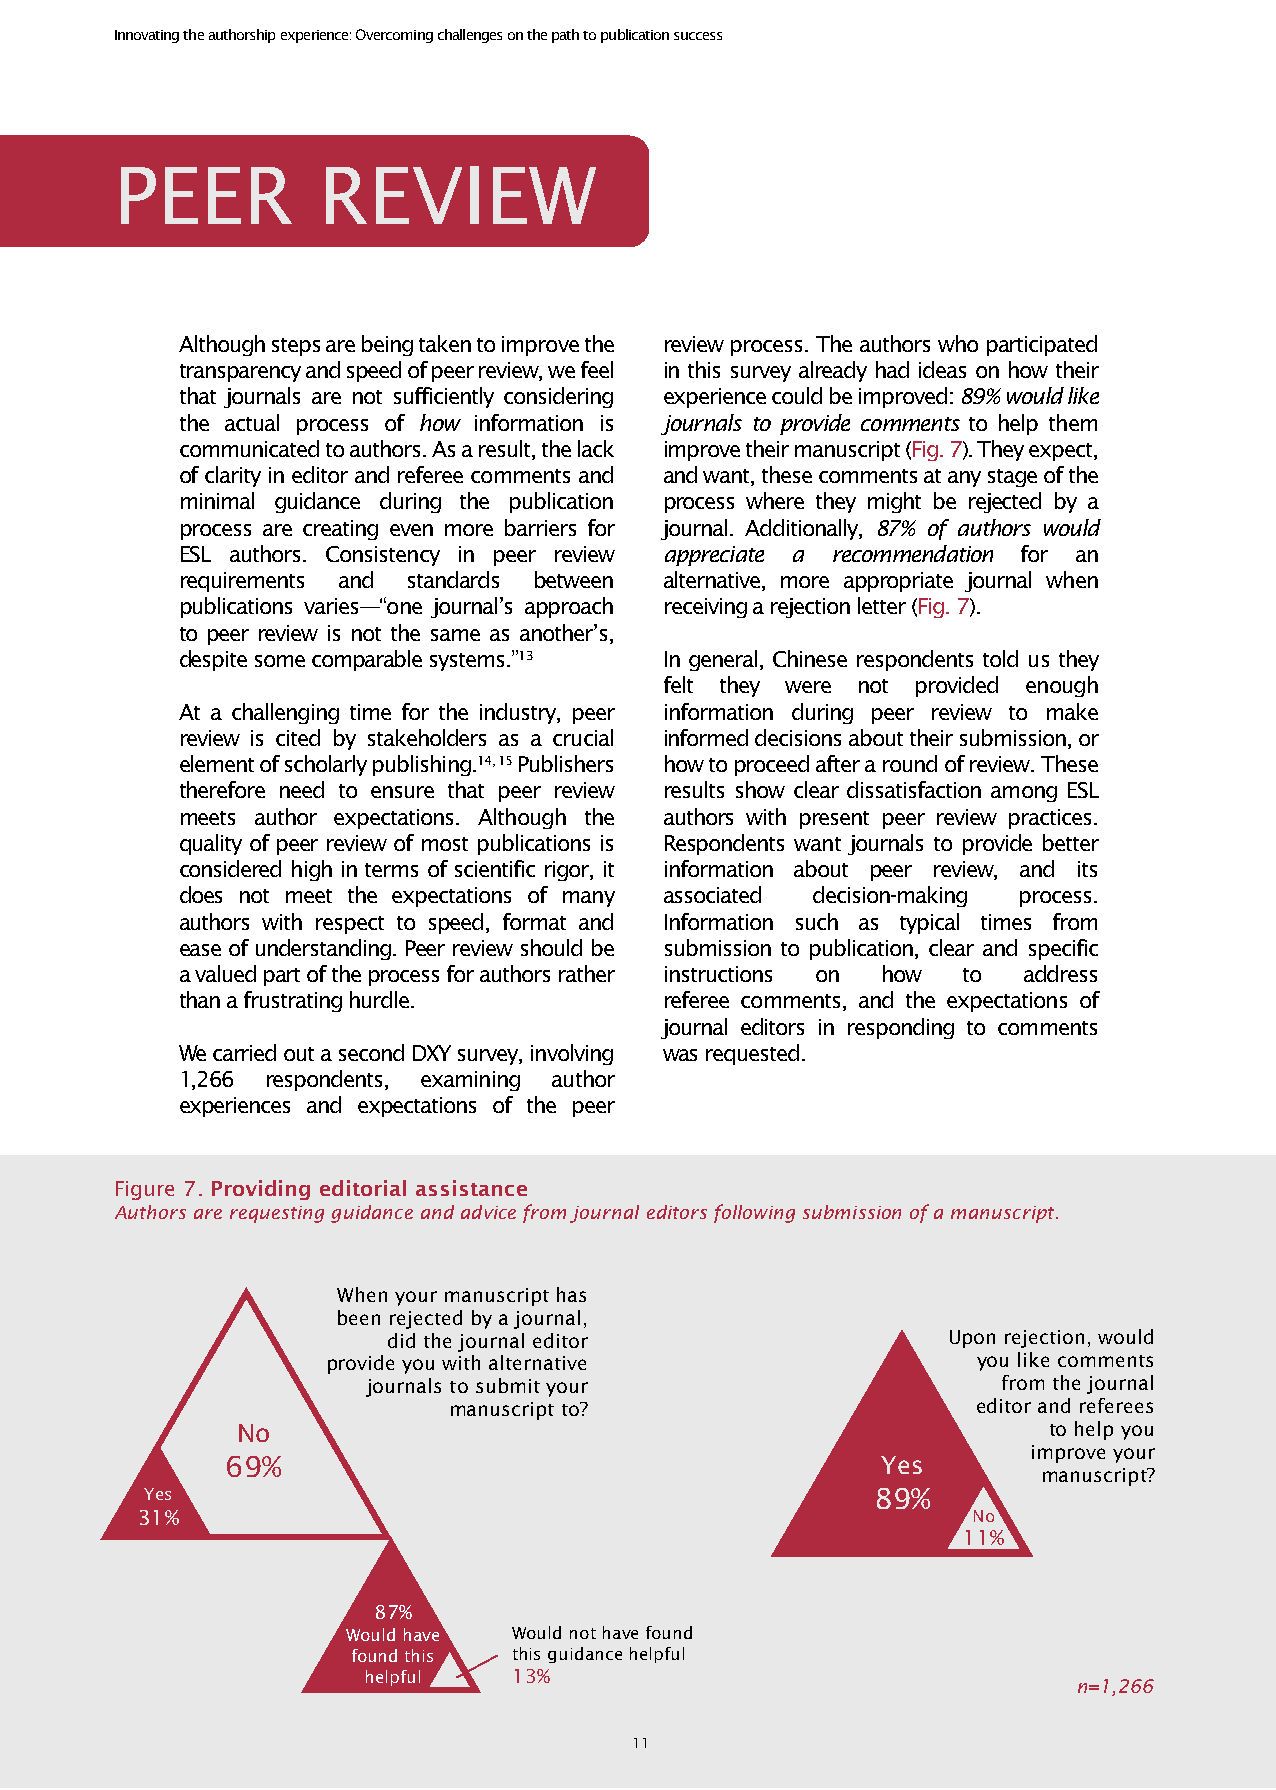
Innovating the authorship experience: Overcoming challenges on the path to publication success
 PEER         REVIEW
 Although steps are being taken to improve the review process. The authors who participated
 transparency and speed of peer review, we feel in this survey already had ideas on how their
 that journals are not sufficiently considering experience could be improved: 89% would like
 the actual process of how information is journals to provide comments to help them
 communicated to authors. As a result, the lack improve their manuscript (Fig. 7). They expect,
 of clarity in editor and referee comments and and want, these comments at any stage of the
 minimal guidance during the publication process where they might be rejected by a
 process are creating even more barriers for journal. Additionally, 87% of authors would
 ESL authors. Consistency in peer review appreciate a recommendation for an
 requirements and standards between alternative, more appropriate journal when
 publications varies—“one journal’s approach receiving a rejection letter (Fig. 7).
 to peer review is not the same as another’s,
 despite some comparable systems.”13 In general, Chinese respondents told us they
 felt they were not provided enough
 At a challenging time for the industry, peer information during peer review to make
 review is cited by stakeholders as a crucial informed decisions about their submission, or
 element of scholarly publishing.14, 15 Publishers how to proceed after a round of review. These
 therefore need to ensure that peer review results show clear dissatisfaction among ESL
 meets author expectations. Although the authors with present peer review practices.
 quality of peer review of most publications is Respondents want journals to provide better
 considered high in terms of scientific rigor, it information about peer review, and its
 does not meet the expectations of many associated decision-making process.
 authors with respect to speed, format and Information such as typical times from
 ease of understanding. Peer review should be submission to publication, clear and specific
 a valued part of the process for authors rather instructions on how to address
 than a frustrating hurdle.      referee comments, and the expectations of
 journal editors in responding to comments
 We carried out a second DXY survey, involving was requested.
 1,266 respondents, examining author
 experiences and expectations of the peer
 Figure 7. Providing editorial assistance
 Authors are requesting guidance and advice from journal editors following submission of a manuscript.
 When your manuscript has
 been rejected by a journal,
 did the journal editor               Upon rejection, would
 provide you with alternative               you like comments
 journals to submit your                   from the journal
 manuscript to?                     editor and referees
 No                                                   to help you
 improve your
 69%                                        Yes
 manuscript?
 Yes                                             89%
 31%                                                    No
 11%
 87%
 Would have Would not have found
 found this this guidance helpful
 helpful   13%
 n=1,266
 11